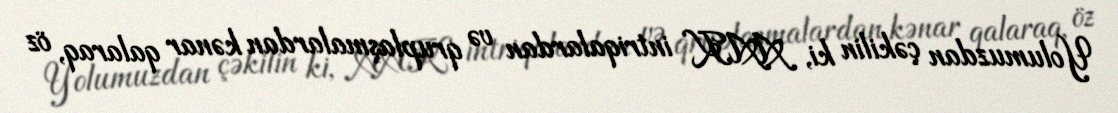
Yolumuzdan çəkilin ki, AAK intriqalardan və qruplaşmalardan kənar qalaraq, öz